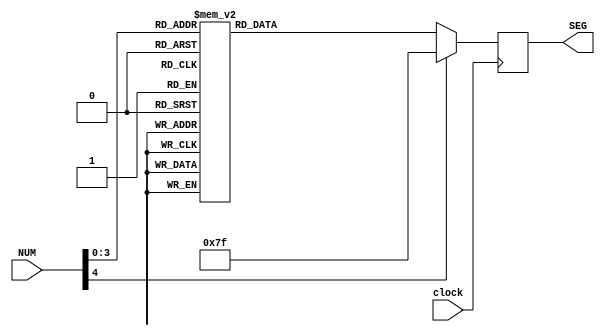
module SevenSegment
(
clock,
NUM,
SEG
);
parameter OFF = 5'b11111;
input [4:0] NUM;
input clock;
output reg [6:0] SEG;

always @ (negedge clock)
begin
	case(NUM)
		5'd0: SEG = 7'b1000000;
		5'd1: SEG = 7'b1111001;
		5'd2: SEG = 7'b0100100;
		5'd3: SEG = 7'b0110000;
		5'd4: SEG = 7'b0011001;
		5'd5: SEG = 7'b0010010;
		5'd6: SEG = 7'b0000010;
		5'd7: SEG = 7'b1111000;
		5'd8: SEG = 7'b0000000;
		5'd9: SEG = 7'b0010000;
		default: SEG = 7'b1111111;
	endcase
end

endmodule